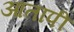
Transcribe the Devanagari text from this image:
आतापी